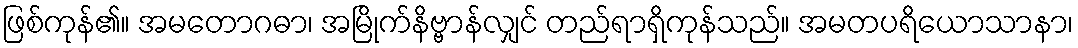
ဖြစ်ကုန်၏။ အမတောဂဓာ၊ အမြိုက်နိဗ္ဗာန်လျှင် တည်ရာရှိကုန်သည်။ အမတပရိယောသာနာ၊